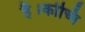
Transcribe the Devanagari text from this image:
है।कोच्चि